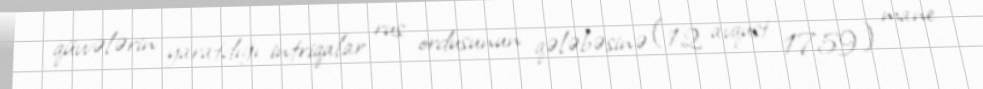
qüvvələrin yaratdığı intriqalar rus ordusunun qələbəsinə (12 avqust 1759) mane